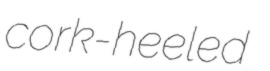
cork-heeled